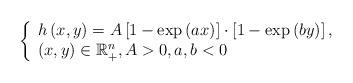
LaTeX: \begin{align*}\left\{ \begin{array}{l}h\left( x,y\right) =A\left[ 1-\exp \left( ax\right) \right] \cdot \left[1-\exp \left( by\right) \right] , \\ \left( x,y\right) \in \mathbb{R}_{+}^{n},A>0,a,b<0\end{array}\right. \end{align*}